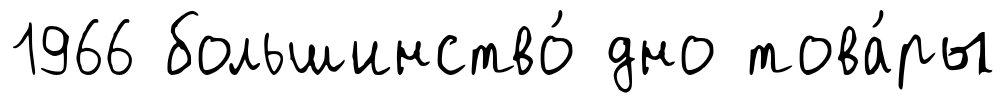
1966 большинство́ дно това́ры